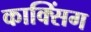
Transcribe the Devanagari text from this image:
काक्सिंग